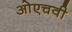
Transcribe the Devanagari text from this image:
ओएचवी